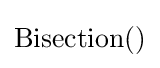
{\text{Bisection()}}